Report on vaccination in Madras 1895-1903 - 1895-1903
Year: 1895
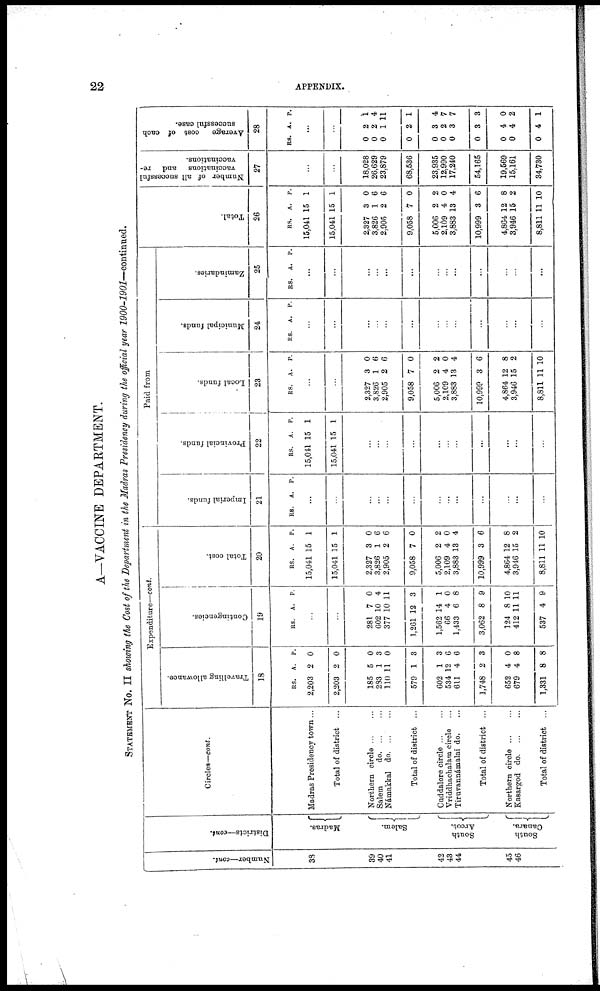
22
APPENDIX.
A—VACCINE DEPARTMENT.
STATEMENT No. II showing the Cost of the Department in the Madras Presidency during the official year 1900-1901—continued.
Number—cont.
38
39
40
41
42
43
44
45
46
Districts—cont.
Madras.
Salem.
South
Arcot.
South
Canara.
Circles—cont.
Madras Presidency town...
Total of district ...
Northern circle ... ...
Salem
d
o
. ... ...
Némakkal d
o
. ... ...
Total of district ...
Cuddalore circle ... ...
Vriddhachalam circle ...
Tiruvannámalai do. ...
Total of district ...
Northern circle ... ...
Kasargod d
o
. ... ...
Total of district ...
Expenditure—cont.
Travelling allowance.
18
RS.
2,203
2,203
185
283
110
579
602
534
611
1,748
652
679
1,331
A.
2
2
5
1
11
1
1
12
4
2
4
4
8
P.
0
0
0
3
0
3
3
6
6
3
0
8
8
Contingencies.
19
RS. A. P.
...
...
281
602
377
1,261
1,562
66
1,433
3,062
124
412
537
7
10
10
12
14
4
6
8
8
11
4
0
4
11
3
1
0
8
9
10
11
9
Total cost.
20
RS.
15,041
15,041
2,327
3,826
2,905
9,058
5,006
2,109
3,883
10,999
4,864
3,946
8,811
A.
15
15
3
1
2
7
2
4
13
3
12
15
P.
1
1
0
6
6
0
2
0
4
6
8
2
11 10
Paid from
Imperial funds.
21
RS. A. P.
...
...
...
...
...
...
...
...
...
...
...
...
...
Provincial funds.
22
RS.
15,041
15,041
A.
15
15
P.
1
1
...
...
...
...
...
...
...
...
...
...
...
Local funds.
23
RS. A. P.
...
...
2,327
3,826
2,905
9,058
5,006
2,109
3,883
10,999
4,864
3,946
8,811
3
1
2
7
2
4
13
3
12
15
11
0
6
6
0
2
0
4
6
8
2
10
Municipal funds.
24
RS. A. P.
...
...
...
...
...
...
...
...
...
...
...
...
...
Zamindaries.
25
RS. A. P.
...
...
...
...
...
...
...
...
...
...
...
...
...
Total.
26
RS.
15,041
15,041
2,327
3,826
2,905
9,058
5,006
2,109
3,883
10,999
4,864
3,946
8,811
A.
15
15
3
1
2
7
2
4
13
3
12
15
11
P.
1
1
0
6
6
0
2
0
4
6
8
2
10
Number of all successful
vaccinations and re-
vaccinations.
27
...
...
18,028
26,629
23,879
68,536
23,935
12,990
17,240
54,165
19,569
15,161
34,730
Average
cost of each
successful case.
28
RS. A. P.
...
...
0
0
0
0
0
0
0
0
0
0
0
2
2
1
2
3
2
3
3
4
4
4
1
4
11
1
4
7
7
3
0
2
1